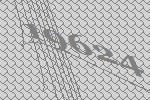
19624